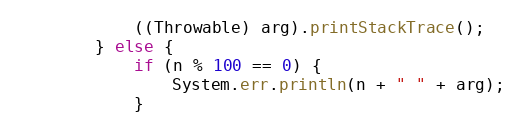
Language: Java
            ((Throwable) arg).printStackTrace();
        } else {
            if (n % 100 == 0) {
                System.err.println(n + " " + arg);
            }